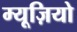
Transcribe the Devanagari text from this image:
म्यूज़ियो